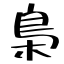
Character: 梟